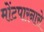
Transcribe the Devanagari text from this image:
मोंटपारनासे